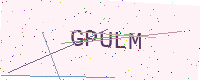
Text: GPULM